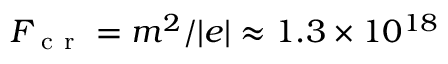
F _ { \mathrm { ~ c ~ r ~ } } = m ^ { 2 } / | e | \approx 1 . 3 \times 1 0 ^ { 1 8 }